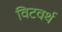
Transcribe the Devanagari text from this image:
विटवर्थ